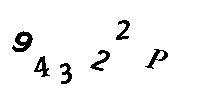
94322P